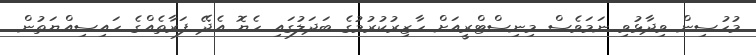
މުހުސިން ވިދާޅުވި ނަމަވެސް މިނިސްޓްރީއަށް ހާޒިރުކުރުމުގެ ބަދަލުގައި ހެޔޮ އެދޭ ފަރާތެއްގެ ހައިސިއްޔަތުން